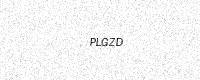
Text: PLGZD